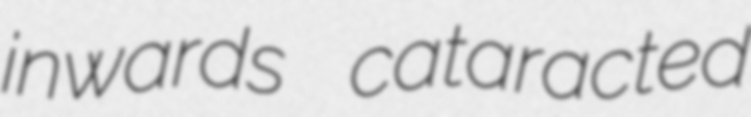
inwards cataracted